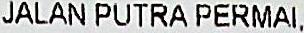
JALAN PUTRA PERMAI,